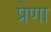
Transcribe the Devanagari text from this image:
प्रेणा